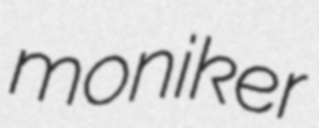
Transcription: moniker